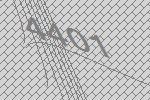
4401